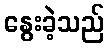
နွေးခဲ့သည်